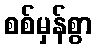
စစ်မှန်စွာ